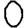
Digit: 0